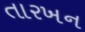
તારખન